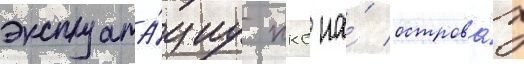
эксплуата́циу ккс на́ острова́х